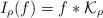
LaTeX: \begin{align*}I_\rho(f)=f\ast\mathcal K_\rho\end{align*}